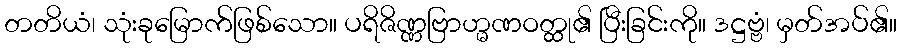
တတိယံ၊ သုံးခုမြောက်ဖြစ်သော။ ပရိဇိဏ္ဏဗြာဟ္မဏဝတ္ထု၏ ပြီးခြင်းကို။ ဒဋ္ဌဗ္ဗံ၊ မှတ်အပ်၏။